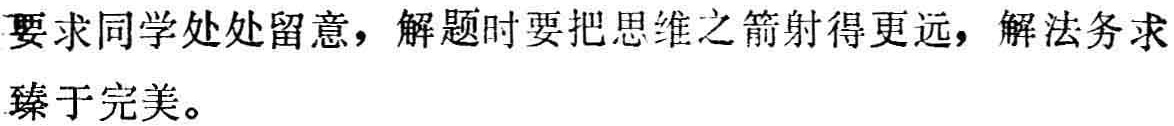
要求同学处处留意，解题时要把思维之箭射得更远，解法务求臻于完美。